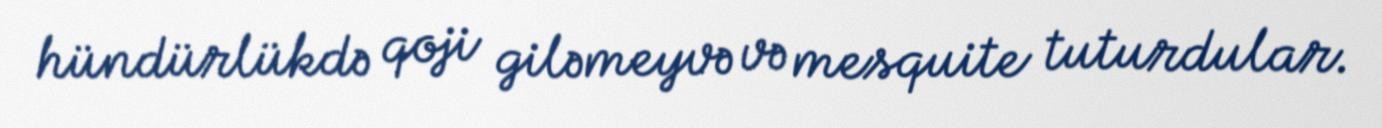
hündürlükdə qoji giləmeyvə və mesquite tuturdular.